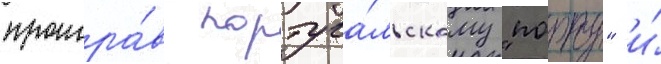
проигра́в португа́льскому "порту" и́